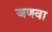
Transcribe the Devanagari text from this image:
जणवा